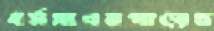
ধর্মসাগরপাড়ের